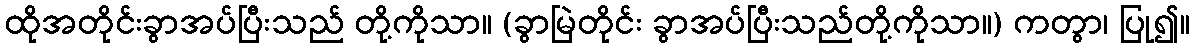
ထိုအတိုင်းခွာအပ်ပြီးသည် တို့ကိုသာ။ (ခွာမြဲတိုင်း ခွာအပ်ပြီးသည်တို့ကိုသာ။) ကတွာ၊ ပြု၍။